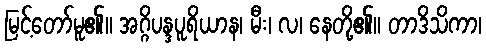
မြင့်တော်မူ၏။ အဂ္ဂိပန္ဒပူရိယာန၊ မီး၊ လ၊ နေတို့၏။ တာဒိသိကာ၊